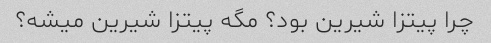
چرا پیتزا شیرین بود؟ مگه پیتزا شیرین میشه؟